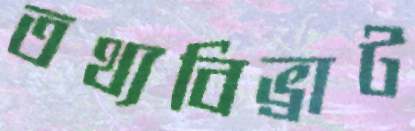
তথ্যবিভ্রাট